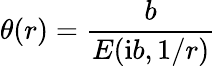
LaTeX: \theta(r)={\frac{b}{E({\mathrm i}b,1/r)}}